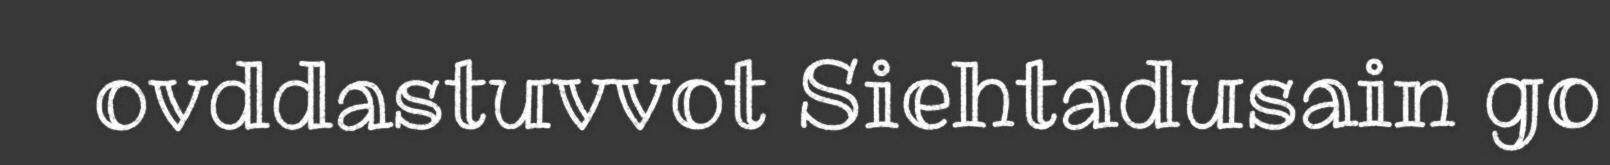
ovddastuvvot Siehtadusain go